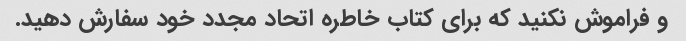
و فراموش نکنید که برای کتاب خاطره اتحاد مجدد خود سفارش دهید.